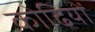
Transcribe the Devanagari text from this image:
कोढियों